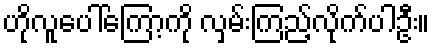
ဟိုလူပေါ်ကြော့ကို လှမ်းကြည့်လိုက်ပါဦး။